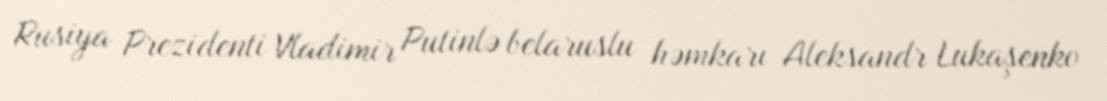
Rusiya Prezidenti Vladimir Putinlə belaruslu həmkarı Aleksandr Lukaşenko